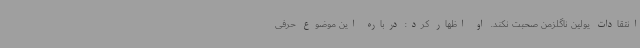
انتقادات یولین ناگلزمن صحبت نکند. او اظهار کرد: درباره این موضوع حرفی